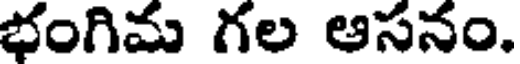
భంగిమ గల ఆసనం.